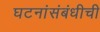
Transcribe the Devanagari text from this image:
घटनांसंबंधीची